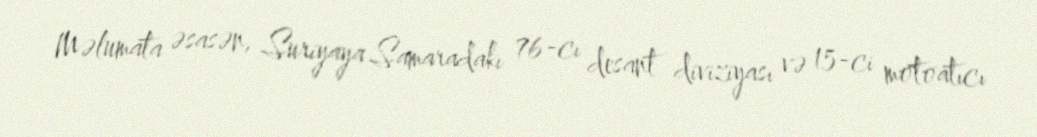
Məlumata əsasən, Suriyaya Samaradakı 76-cı desant diviziyası və 15-ci motoatıcı